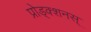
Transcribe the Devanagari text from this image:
प्रोड्क्शनस्